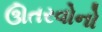
ઊતરવોનો